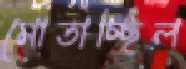
মোতাচ্ছিল